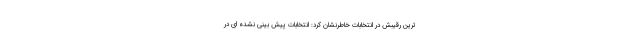
ترین رقیبش در انتخابات خاطرنشان کرد: انتخابات پیش بینی نشده ای در